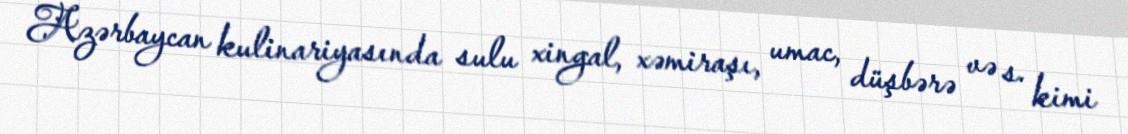
Azərbaycan kulinariyasında sulu xingal, xəmiraşı, umac, düşbərə və s. kimi